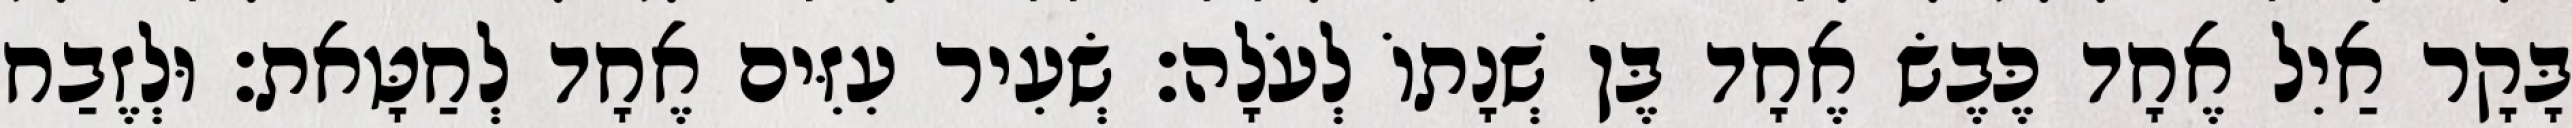
בָּקָר אַיִל אֶחָד כֶּבֶשׂ אֶחָד בֶּן שְׁנָתוֹ לְעֹלָה׃ שְׂעִיר עִזִּים אֶחָד לְחַטָּאת׃ וּלְזֶבַח